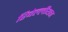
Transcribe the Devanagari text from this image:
रिबेल्लीयन